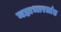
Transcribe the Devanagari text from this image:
महाभारतांत